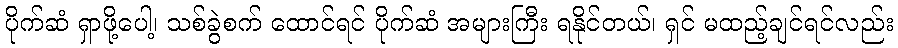
ပိုက်ဆံ ရှာဖို့ပေါ့၊ သစ်ခွဲစက် ထောင်ရင် ပိုက်ဆံ အများကြီး ရနိုင်တယ်၊ ရှင် မထည့်ချင်ရင်လည်း